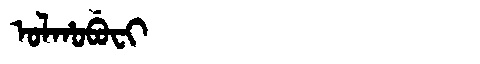
Manchu: ᠣᠯᡥᠣᠪᡠᠸᡳ
Romanization: OLHOBUFI